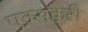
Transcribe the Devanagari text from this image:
एक्सक्वेरी